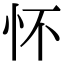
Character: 怀